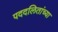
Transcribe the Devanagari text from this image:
पददलितांच्या